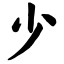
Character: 少